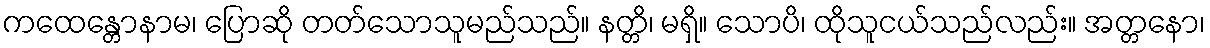
ကထေန္တောနာမ၊ ပြောဆို တတ်သောသူမည်သည်။ နတ္တိ၊ မရှိ။ သောပိ၊ ထိုသူငယ်သည်လည်း။ အတ္တနော၊